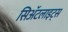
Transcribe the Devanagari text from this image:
सिॲटलाइट्स